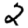
Digit: 2